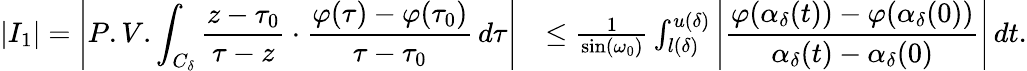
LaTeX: \begin{array}{rl}{\displaystyle\left\lvert I_{1}\right\rvert=\displaystyle\Biggl\lvert P.V.\int_{C_{\delta}}\frac{z-\tau_{0}}{\tau-z}\cdot\frac{\varphi(\tau)-\varphi(\tau_{0})}{\tau-\tau_{0}}\, d\tau\Biggr\rvert}&{\leq\frac{1}{\sin(\omega_{0})}\int_{l(\delta)}^{u(\delta)}\displaystyle\left\lvert\frac{\varphi(\alpha_{\delta}(t))-\varphi(\alpha_{\delta}(0))}{\alpha_{\delta}(t)-\alpha_{\delta}(0)}\right\rvert\, dt.}\end{array}